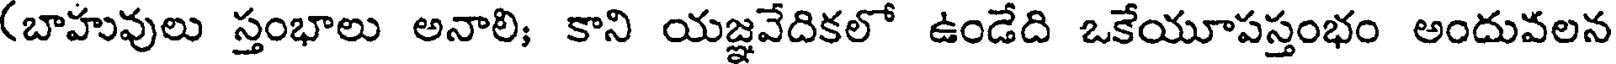
(బాహువులు స్తంభాలు అనాలి; కాని యజ్ఞవేదికలో ఉండేది ఒకేయూపస్తంభం అందువలన